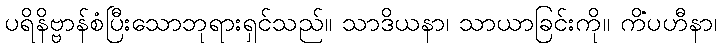
ပရိနိဗ္ဗာန်စံပြီးသောဘုရားရှင်သည်။ သာဒိယနာ၊ သာယာခြင်းကို။ ကိံပဟီနာ၊